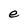
Character: e